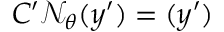
C ^ { \prime } \mathcal { N } _ { \theta } ( y ^ { \prime } ) = ( y ^ { \prime } )